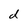
Character: d